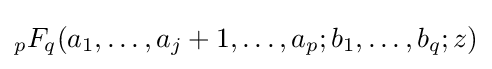
{}_{p}F_{q}(a_{1},\dots ,a_{j}+1,\dots ,a_{p};b_{1},\dots ,b_{q};z)